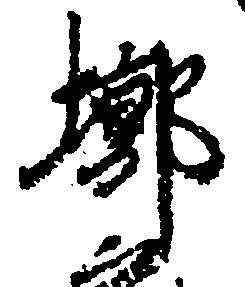
槨